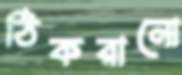
ঠিকরানো